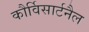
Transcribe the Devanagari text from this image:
कौर्विसार्टनैल